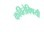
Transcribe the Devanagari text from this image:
कवितेविषयी